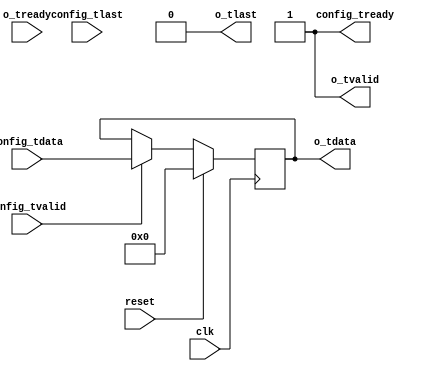
//
// Copyright 2014 Ettus Research LLC
//

module const
  #(parameter WIDTH=32)
   (input clk, input reset,
    input [WIDTH-1:0] config_tdata, input config_tlast, input config_tvalid, output config_tready,
    output [WIDTH-1:0] o_tdata, output o_tlast, output o_tvalid, input o_tready);

   reg [WIDTH-1:0]     const_val;

   always @(posedge clk)
     if(reset)
       const_val <= 0;
     else
       if(config_tvalid & config_tready)
	 const_val <= config_tdata;

   assign config_tready = 1'b1;
   // FIXME do we want to sync constant change to tlasts?
   
   assign o_tdata = const_val;
   assign o_tlast = 1'b0; // FIXME do we want something else here?
   assign o_tvalid = 1'b1; // caution -- will fill up a fifo
   
endmodule // const